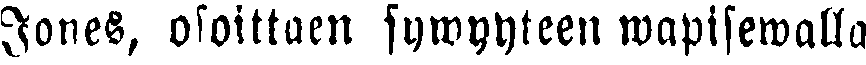
Jones, osoittaen sywyyteen wapisewalla